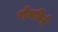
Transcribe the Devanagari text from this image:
रोमछिद्रे